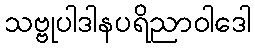
သဗ္ဗုပါဒါနပရိညာဝါဒေါ